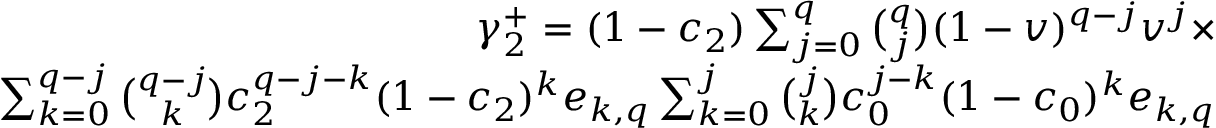
\begin{array} { r } { \gamma _ { 2 } ^ { + } = ( 1 - c _ { 2 } ) \sum _ { j = 0 } ^ { q } { \binom { q } { j } } ( 1 - v ) ^ { q - j } v ^ { j } \times } \\ { \sum _ { k = 0 } ^ { q - j } { \binom { q - j } { k } } c _ { 2 } ^ { q - j - k } ( 1 - c _ { 2 } ) ^ { k } e _ { k , q } \sum _ { k = 0 } ^ { j } { \binom { j } { k } } c _ { 0 } ^ { j - k } ( 1 - c _ { 0 } ) ^ { k } e _ { k , q } } \end{array}